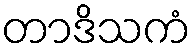
တာဒိသကံ